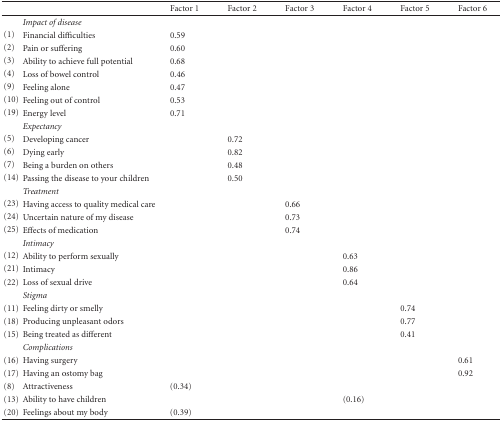
<table><thead><tr><td></td><td></td><td><b>Factor 1</b></td><td><b>Factor 2</b></td><td><b>Factor 3</b></td><td><b>Factor 4</b></td><td><b>Factor 5</b></td><td><b>Factor 6</b></td></tr></thead><tbody><tr><td></td><td><i>Impact of disease</i></td><td></td><td></td><td></td><td></td><td></td><td></td></tr><tr><td>(1)</td><td>Financial difficulties</td><td>0.59</td><td></td><td></td><td></td><td></td><td></td></tr><tr><td>(2)</td><td>Pain or suffering</td><td>0.60</td><td></td><td></td><td></td><td></td><td></td></tr><tr><td>(3)</td><td>Ability to achieve full potential</td><td>0.68</td><td></td><td></td><td></td><td></td><td></td></tr><tr><td>(4)</td><td>Loss of bowel control</td><td>0.46</td><td></td><td></td><td></td><td></td><td></td></tr><tr><td>(9)</td><td>Feeling alone</td><td>0.47</td><td></td><td></td><td></td><td></td><td></td></tr><tr><td>(10)</td><td>Feeling out of control</td><td>0.53</td><td></td><td></td><td></td><td></td><td></td></tr><tr><td>(19)</td><td>Energy level</td><td>0.71</td><td></td><td></td><td></td><td></td><td></td></tr><tr><td></td><td><i>Expectancy</i></td><td></td><td></td><td></td><td></td><td></td><td></td></tr><tr><td>(5)</td><td>Developing cancer</td><td></td><td>0.72</td><td></td><td></td><td></td><td></td></tr><tr><td>(6)</td><td>Dying early</td><td></td><td>0.82</td><td></td><td></td><td></td><td></td></tr><tr><td>(7)</td><td>Being a burden on others</td><td></td><td>0.48</td><td></td><td></td><td></td><td></td></tr><tr><td>(14)</td><td>Passing the disease to your children</td><td></td><td>0.50</td><td></td><td></td><td></td><td></td></tr><tr><td></td><td><i>Treatment</i></td><td></td><td></td><td></td><td></td><td></td><td></td></tr><tr><td>(23)</td><td>Having access to quality medical care</td><td></td><td></td><td>0.66</td><td></td><td></td><td></td></tr><tr><td>(24)</td><td>Uncertain nature of my disease</td><td></td><td></td><td>0.73</td><td></td><td></td><td></td></tr><tr><td>(25)</td><td>Effects of medication</td><td></td><td></td><td>0.74</td><td></td><td></td><td></td></tr><tr><td></td><td><i>Intimacy</i></td><td></td><td></td><td></td><td></td><td></td><td></td></tr><tr><td>(12)</td><td>Ability to perform sexually</td><td></td><td></td><td></td><td>0.63</td><td></td><td></td></tr><tr><td>(21)</td><td>Intimacy</td><td></td><td></td><td></td><td>0.86</td><td></td><td></td></tr><tr><td>(22)</td><td>Loss of sexual drive</td><td></td><td></td><td></td><td>0.64</td><td></td><td></td></tr><tr><td></td><td><i>Stigma</i></td><td></td><td></td><td></td><td></td><td></td><td></td></tr><tr><td>(11)</td><td>Feeling dirty or smelly</td><td></td><td></td><td></td><td></td><td>0.74</td><td></td></tr><tr><td>(18)</td><td>Producing unpleasant odors</td><td></td><td></td><td></td><td></td><td>0.77</td><td></td></tr><tr><td>(15)</td><td>Being treated as different</td><td></td><td></td><td></td><td></td><td>0.41</td><td></td></tr><tr><td></td><td><i>Complications</i></td><td></td><td></td><td></td><td></td><td></td><td></td></tr><tr><td>(16)</td><td>Having surgery</td><td></td><td></td><td></td><td></td><td></td><td>0.61</td></tr><tr><td>(17)</td><td>Having an ostomy bag</td><td></td><td></td><td></td><td></td><td></td><td>0.92</td></tr><tr><td>(8)</td><td>Attractiveness</td><td>(0.34)</td><td></td><td></td><td></td><td></td><td></td></tr><tr><td>(13)</td><td>Ability to have children</td><td></td><td></td><td></td><td>(0.16)</td><td></td><td></td></tr><tr><td>(20)</td><td>Feelings about my body</td><td>(0.39)</td><td></td><td></td><td></td><td></td><td></td></tr></tbody></table>